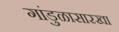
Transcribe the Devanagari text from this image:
गांडुळासारखा